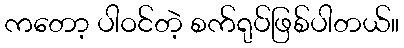
ကတော့ ပါဝင်တဲ့ စက်ရုပ်ဖြစ်ပါတယ်။